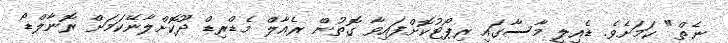
ނެތް" ކަމަށެވެ. ޑެއިލީ މާސާގައި ރިޕޯޓުކޮށްފައިވާ ގޮތުން ރެއާލް މެޑްރިޑް ދޫކޮށްލާނޭކަމަށް ރޮނާލްޑޯ